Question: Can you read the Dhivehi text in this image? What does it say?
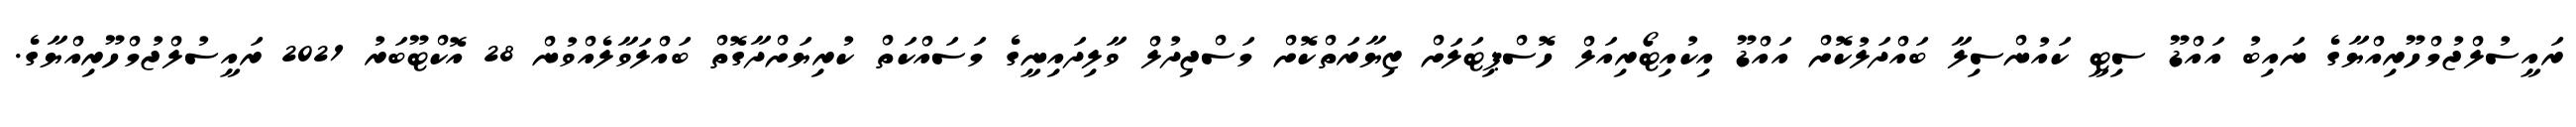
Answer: ރައީސުލްޖުމްހޫރިއްޔާގެ ނައިބު އައްޑޫ ސިޓީ ކައުންސިލާ ބައްދަލުކޮށް އައްޑޫ އިކުއިޓޯރިއަލް ހޮސްޕިޓަލަށް ޒިޔާރަތްކޮށް މަސްޖިދުލް ވާލިދައިނީގެ މަސައްކަތް ކުރިޔަށްދާގޮތް ބައްލަވާލެއްވުން 28 އޮކްޓޫބަރު 2021 ރައީސުލްޖުމްހޫރިއްޔާގެ.